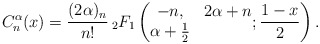
\begin{align*} C_n^{\alpha}(x)=\frac{(2\alpha)_{{n}}}{n!} \,_2F_1\left(\begin{matrix} -n,&2\alpha+n\\ \alpha+\frac{1}{2}\end{matrix};\frac{1-x}{2}\right).\end{align*}